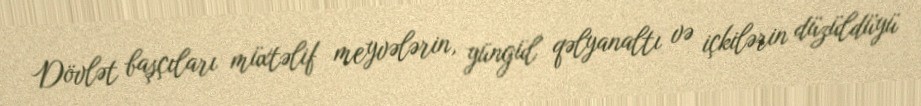
Dövlət başçıları müxtəlif meyvələrin, yüngül qəlyanaltı və içkilərin düzüldüyü